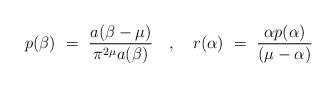
LaTeX: \begin{align*}p(\beta) ~=~ \frac{a(\beta-\mu)}{\pi^{2\mu}a(\beta)} ~~~,~~~r(\alpha) ~=~ \frac{\alpha p(\alpha)}{(\mu-\alpha)}\end{align*}